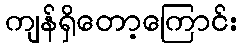
ကျန်ရှိတော့ကြောင်း